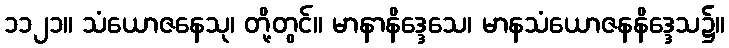
၁၁၂၁။ သံယောဇနေသု၊ တို့တွင်။ မာနာနိဒ္ဒေသေ၊ မာနသံယောဇနနိဒ္ဒေသ၌။